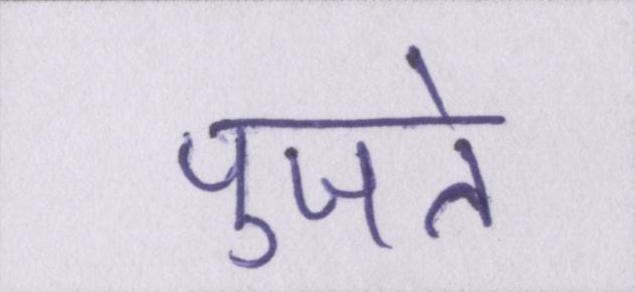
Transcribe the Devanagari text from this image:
पुजते